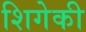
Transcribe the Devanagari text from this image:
शिगेकी